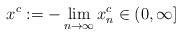
LaTeX: \begin{align*} x^c:=-\lim_{n\to\infty} x_n^c\in (0,\infty] \end{align*}